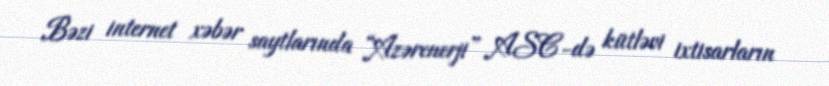
Bəzi internet xəbər saytlarında “Azərenerji” ASC-də kütləvi ixtisarların